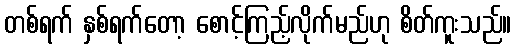
တစ်ရက် နှစ်ရက်တော့ စောင့်ကြည့်လိုက်မည်ဟု စိတ်ကူးသည်။